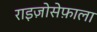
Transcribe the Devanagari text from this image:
राइज़ोसेफ़ाला